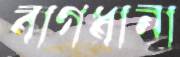
বাগধানা